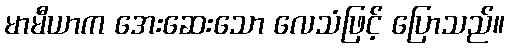
မာမီယာက အေးဆေးသော လေသံဖြင့် ပြောသည်။